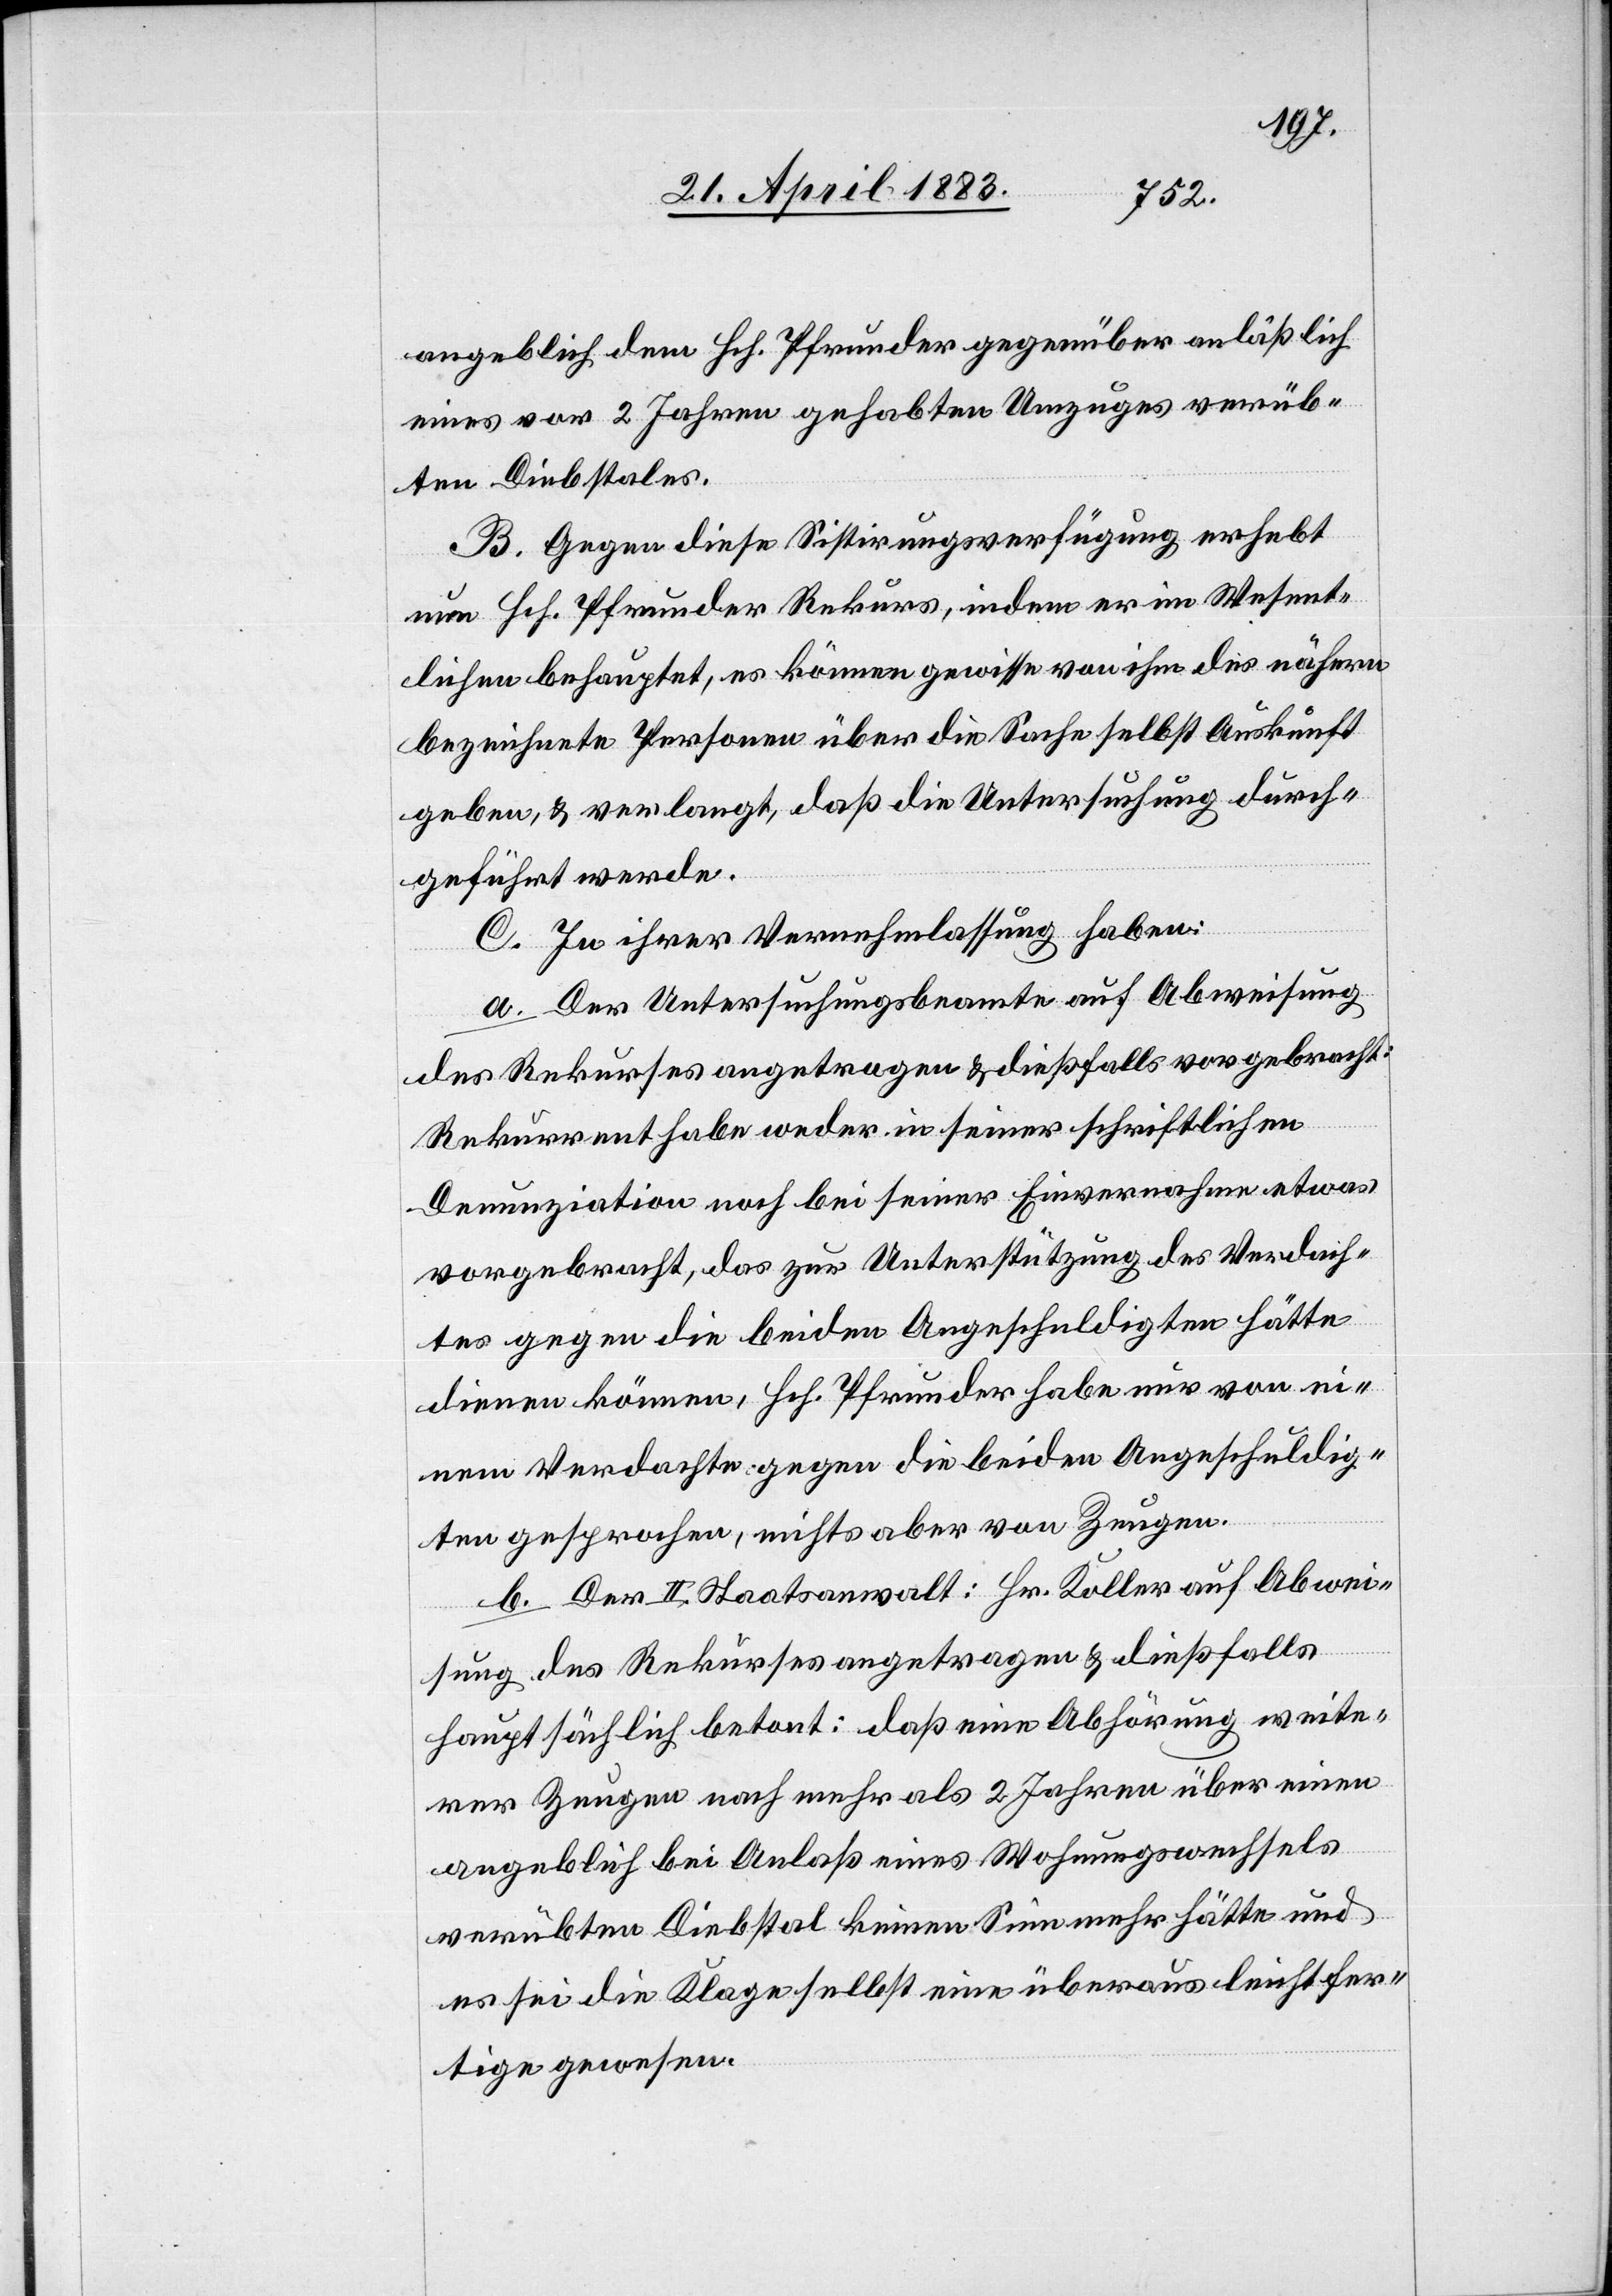
angeblich dem Hch. Pfrunder gegenüber anläßlich
eines vor 2 Jahren gehabten Umzuges verüb¬
ten Diebstales.
B. Gegen diese Sistirungsverfügung erhebt
nun Hch. Pfrunder Rekurs, indem er im Wesent¬
lichen behauptet, es können gewisse von ihm des nähern
bezeichnete Personen über die Sache selbst Auskunft
geben, & verlangt, daß die Untersuchung durch¬
geführt werde.
C. In ihrer Vernehmlassung haben:
a. Der Untersuchungsbeamte auf Abweisung
des Rekurses angetragen & dießfalls vorgebracht:
Rekurrent habe weder in seiner schriftlichen
Denunziation noch bei seiner Einvernahme etwas
vorgebracht, das zur Unterstützung des Verdach¬
tes gegen die beiden Angeschuldigten hätten
dienen können, Hch. Pfrunder habe nur von e¬
inem Verdachte gegen die beiden Angeschuldig¬
ten gesprochen, nichts aber von Zeugen.
b. Der II. Staatsanwalt: Hr. Koller auf Abwei¬
sung des Rekurses angetragen & dießfalls
hauptsächlich betont: daß eine Abhörung weite¬
rer Zeugen nach mehr als 2 Jahren über einen
angeblich bei Anlaß eines Wohnungswechsels
verübten Diebstal keinen Sinn mehr hätte und
es sei die Klage selbst eine überaus leichtfer¬
tige gewesen.